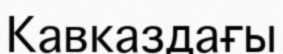
Кавказдағы